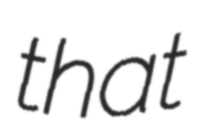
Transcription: that